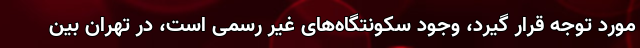
مورد توجه قرار گیرد، وجود سکونتگاه‌های غیر رسمی است، در تهران بین